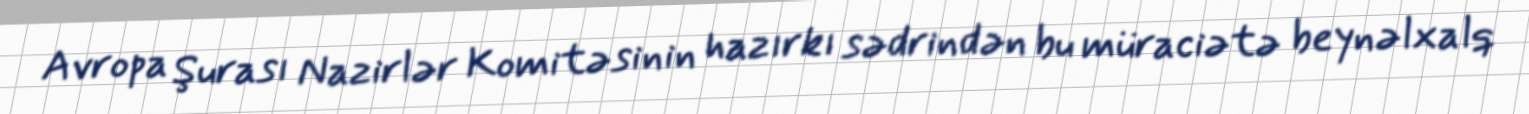
Avropa Şurası Nazirlər Komitəsinin hazırkı sədrindən bu müraciətə beynəlxalq